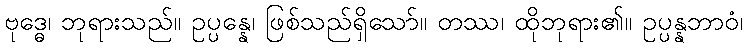
ဗုဒ္ဓေ၊ ဘုရားသည်။ ဥပ္ပန္နေ၊ ဖြစ်သည်ရှိသော်။ တဿ၊ ထိုဘုရား၏။ ဥပ္ပန္နဘာဝံ၊